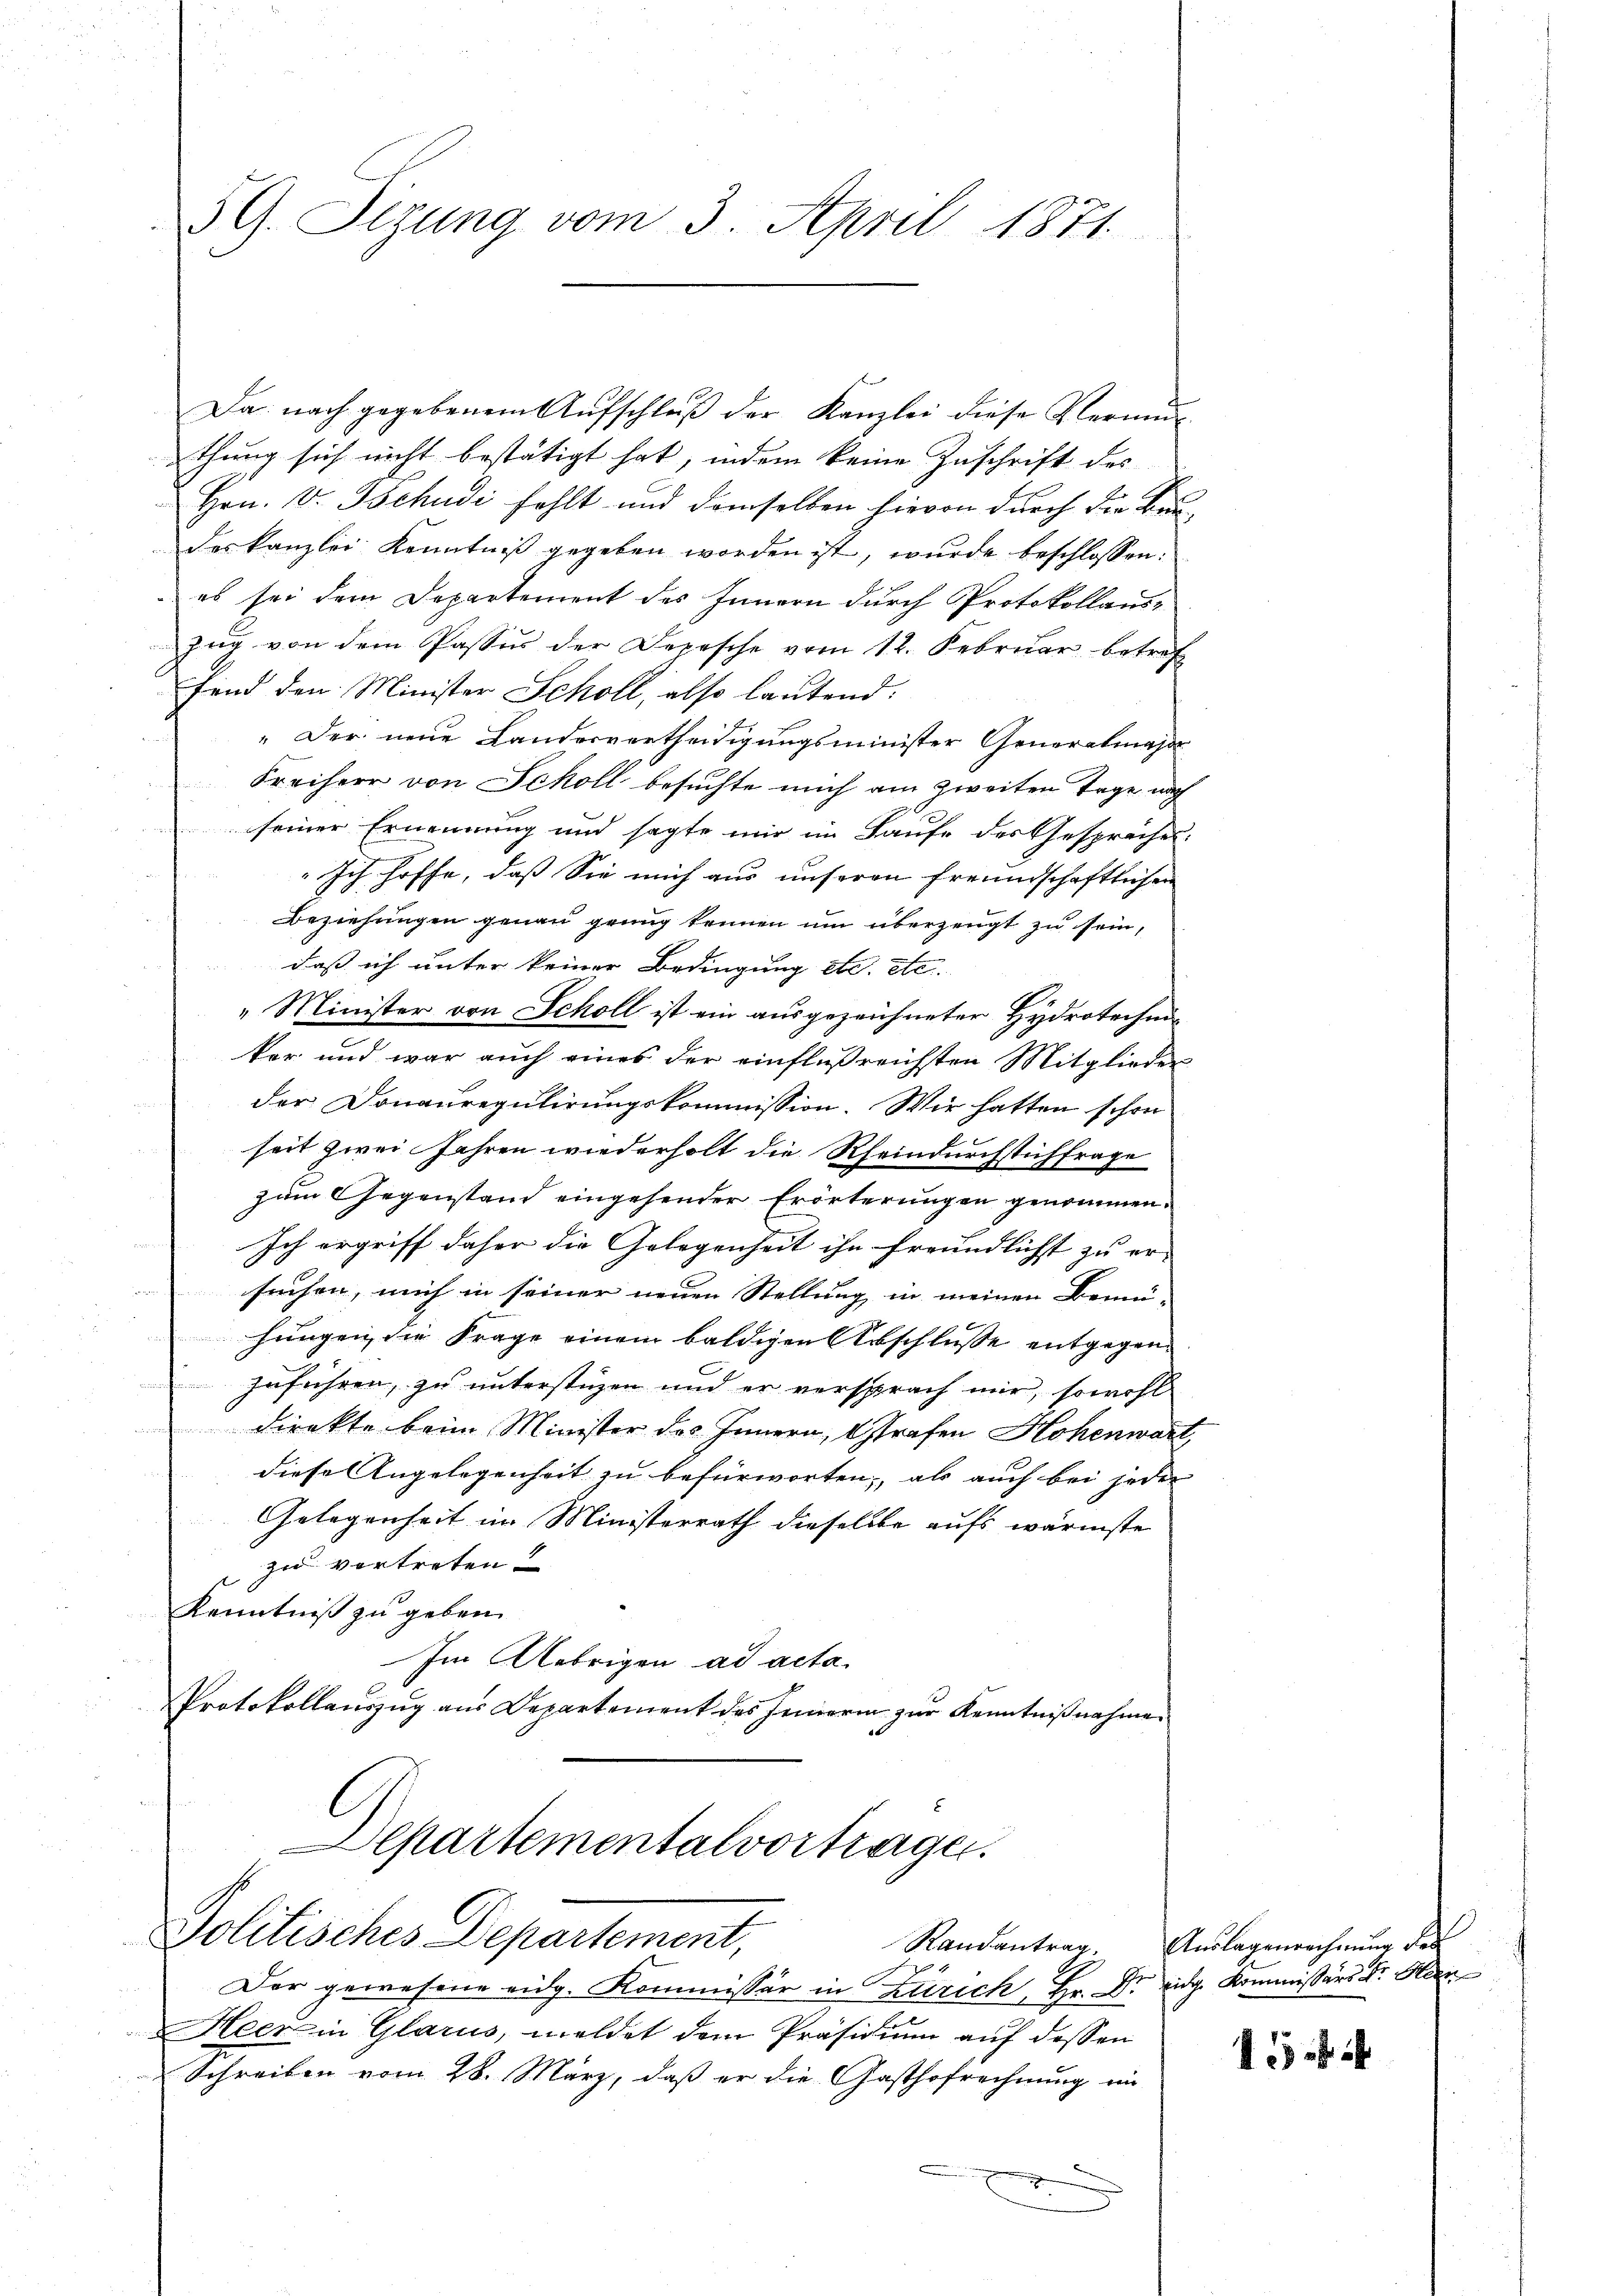
59. Sizung vom 3. April 1871.

Da nach gegebenem Aŭfschlŭβ der Kanzlei diese Vermu
ethung sich nicht bestätigt hat, indem keine Zuschrift des
Hrn. v. Tschudi fehlt und demselben hievon durch die Baudes Kanzlei Kenntniß gegeben worden ist, wurde beschlossen:
es sei dem Departement des Innern durch Protokollaus-
Zug von dem Passus der Depesche vom 12. Februar betref
fend den Minister Schöll, also lautend:
" Der neue Landesvertheidigungsminister Generalmajo
Freiherr von Scholl besuchte mich am zweiten Tage nach
seiner Ernennung und sagte mir im Laufe des Gespräches
" Ich hoffe, daß Sie mich aus unseren Freundschaftlichen
Beziehungen genau grung kennen um überzeugt zu sein,
daß ich unter keiner Bedingung etc. etc.
" Minister von Scholl ist ein ausgezeichneter Hydrotechnikar und war auch eines der einflußreichsten Mitglieder
der Donauregulirungskommission. Wir hatten schon
seit zwei Jahren wiederholt die Rheindurchstichfrage
zum Gegenstand eingehender Erörterungen genommen.
Ich ergriff daher die Gelegenheit ihn freundlichst zu er- |
suchen, mich in seiner neuen Stellung in meinen Benni
hungen, die Frage einem baldigen Abschlusse entgegenzuführen, zu unterstüzen und er versprach mir, sowohl
direkte beim Minister des Innern, Strafen Hohenwart,
diese Angelegenheit zu befürworten, als auch bei jeder
Gelegenheit im Ministerrath dieselbe aufs wärmste
zu vortreten?
Kenntniß zu geben.
Im Uebrigen ad acta
Protokollauszug aus Departement des Innerin zur Kenntnißnahmen

Departementalvortragen.
Politisches Departement,

Der gewesene eidg. Kommissär in Zürich, Hr. Dr. eidg. Kommissärs Dr. Hier
Hleer in Glarus, meldet dem Präsidium auf dessen
Schreiben vom 28. März, daß er die Gasthofrechnung in
g
u

Randantrag. Auslagenrechnung des

1